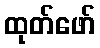
ထုတ်ဖော်